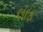
લાફ